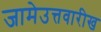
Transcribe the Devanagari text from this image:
जामेउत्तवारीख